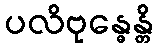
ပလိဗုန္ဓေန္တိ